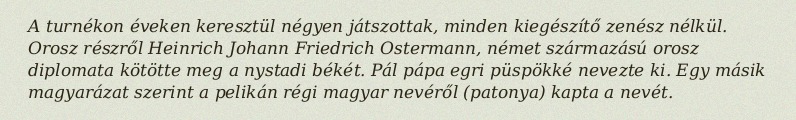
A turnékon éveken keresztül négyen játszottak, minden kiegészítő zenész nélkül. Orosz részről Heinrich Johann Friedrich Ostermann, német származású orosz diplomata kötötte meg a nystadi békét. Pál pápa egri püspökké nevezte ki. Egy másik magyarázat szerint a pelikán régi magyar nevéről (patonya) kapta a nevét.